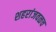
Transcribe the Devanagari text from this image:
शहरांजवळच